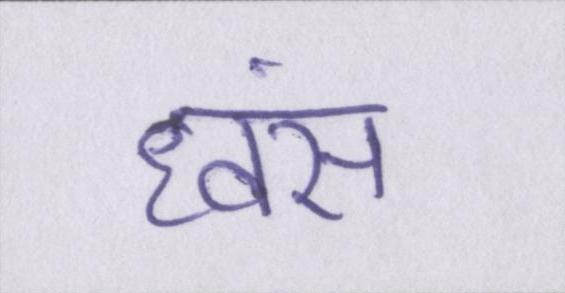
ध्वंस